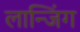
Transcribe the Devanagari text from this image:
लान्जिंग